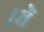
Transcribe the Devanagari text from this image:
।वे